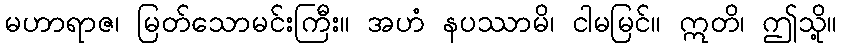
မဟာရာဇ၊ မြတ်သောမင်းကြီး။ အဟံ နပဿာမိ၊ ငါမမြင်။ ဣတိ၊ ဤသို့။